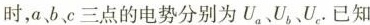
时，a、b、c三点的电势分别为U_{a}、U_{b}、U_{c}.已知